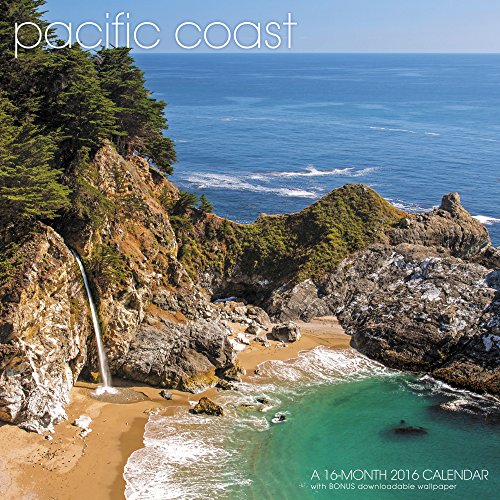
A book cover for Pacific Coast Wall Calendar (2016); Landmark; Calendars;